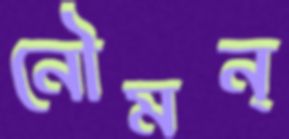
নৌমন্